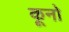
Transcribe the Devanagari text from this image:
कूनो